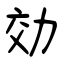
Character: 効